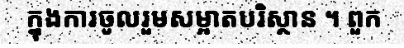
ក្នុងការចូលរួមសម្អាតបរិស្ថាន ។ ពួក